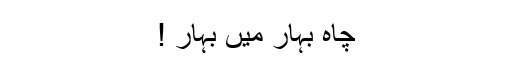
چاہ بہار میں بہار !